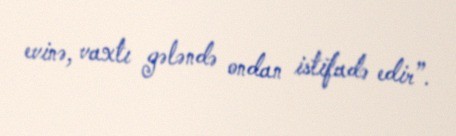
evinə, vaxtı gələndə ondan istifadə edir”.